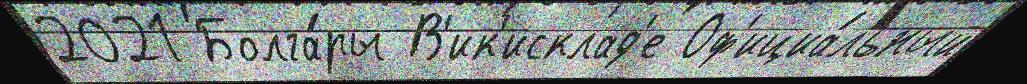
2021 Болга́ры В'ик'исклад'е Оф'ициа́льный